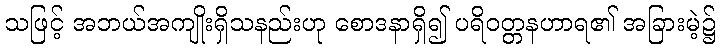
သဖြင့် အဘယ်အကျိုးရှိသနည်းဟု စောဒနာရှိ၍ ပရိဝတ္တနဟာရ၏ အခြားမဲ့၌